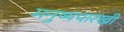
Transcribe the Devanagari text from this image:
मनुष्यपारखी